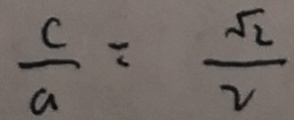
\frac { c } { a } = \frac { \sqrt { 2 } } { 2 }